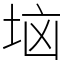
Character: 垴